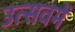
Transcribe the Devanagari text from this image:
उत्सवमें